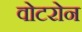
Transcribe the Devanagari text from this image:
वोटरोन